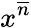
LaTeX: x^{\overline{{n}}}